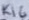
Text: R16